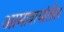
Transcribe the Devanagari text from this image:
आमाशयांतील